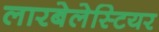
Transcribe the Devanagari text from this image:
लारबेलेस्टियर